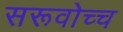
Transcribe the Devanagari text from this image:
सरूवोच्च